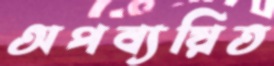
অপব্যয়িত